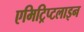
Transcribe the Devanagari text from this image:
एमिट्रिप्टलाइन